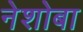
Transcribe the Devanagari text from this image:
नेशोबा